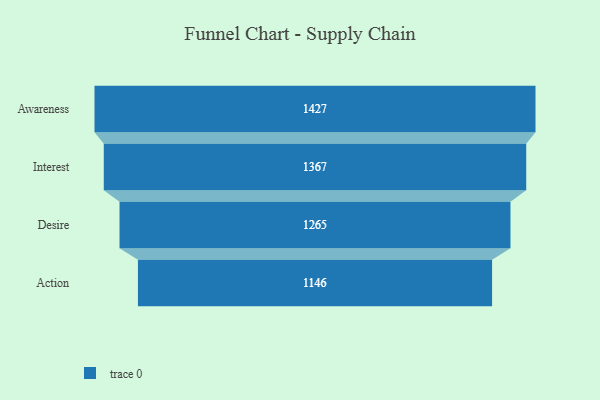
{"axis": {"x": "Stage", "y": "Value"}, "legend": [""], "data": [{"x": "Awareness", "y": 1427.0, "type": ""}, {"x": "Interest", "y": 1367.0, "type": ""}, {"x": "Desire", "y": 1265.0, "type": ""}, {"x": "Action", "y": 1146.0, "type": ""}]}